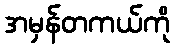
အမှန်တကယ်ကို